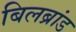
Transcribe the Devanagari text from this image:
बिलब्रांड